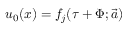
u _ { 0 } ( x ) = f _ { j } ( \tau + \Phi ; \overrightarrow { a } )